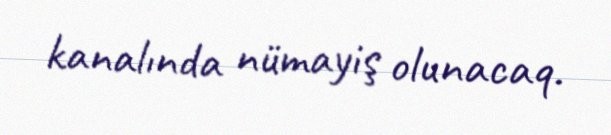
kanalında nümayiş olunacaq.